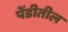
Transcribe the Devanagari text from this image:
पेंडीतील